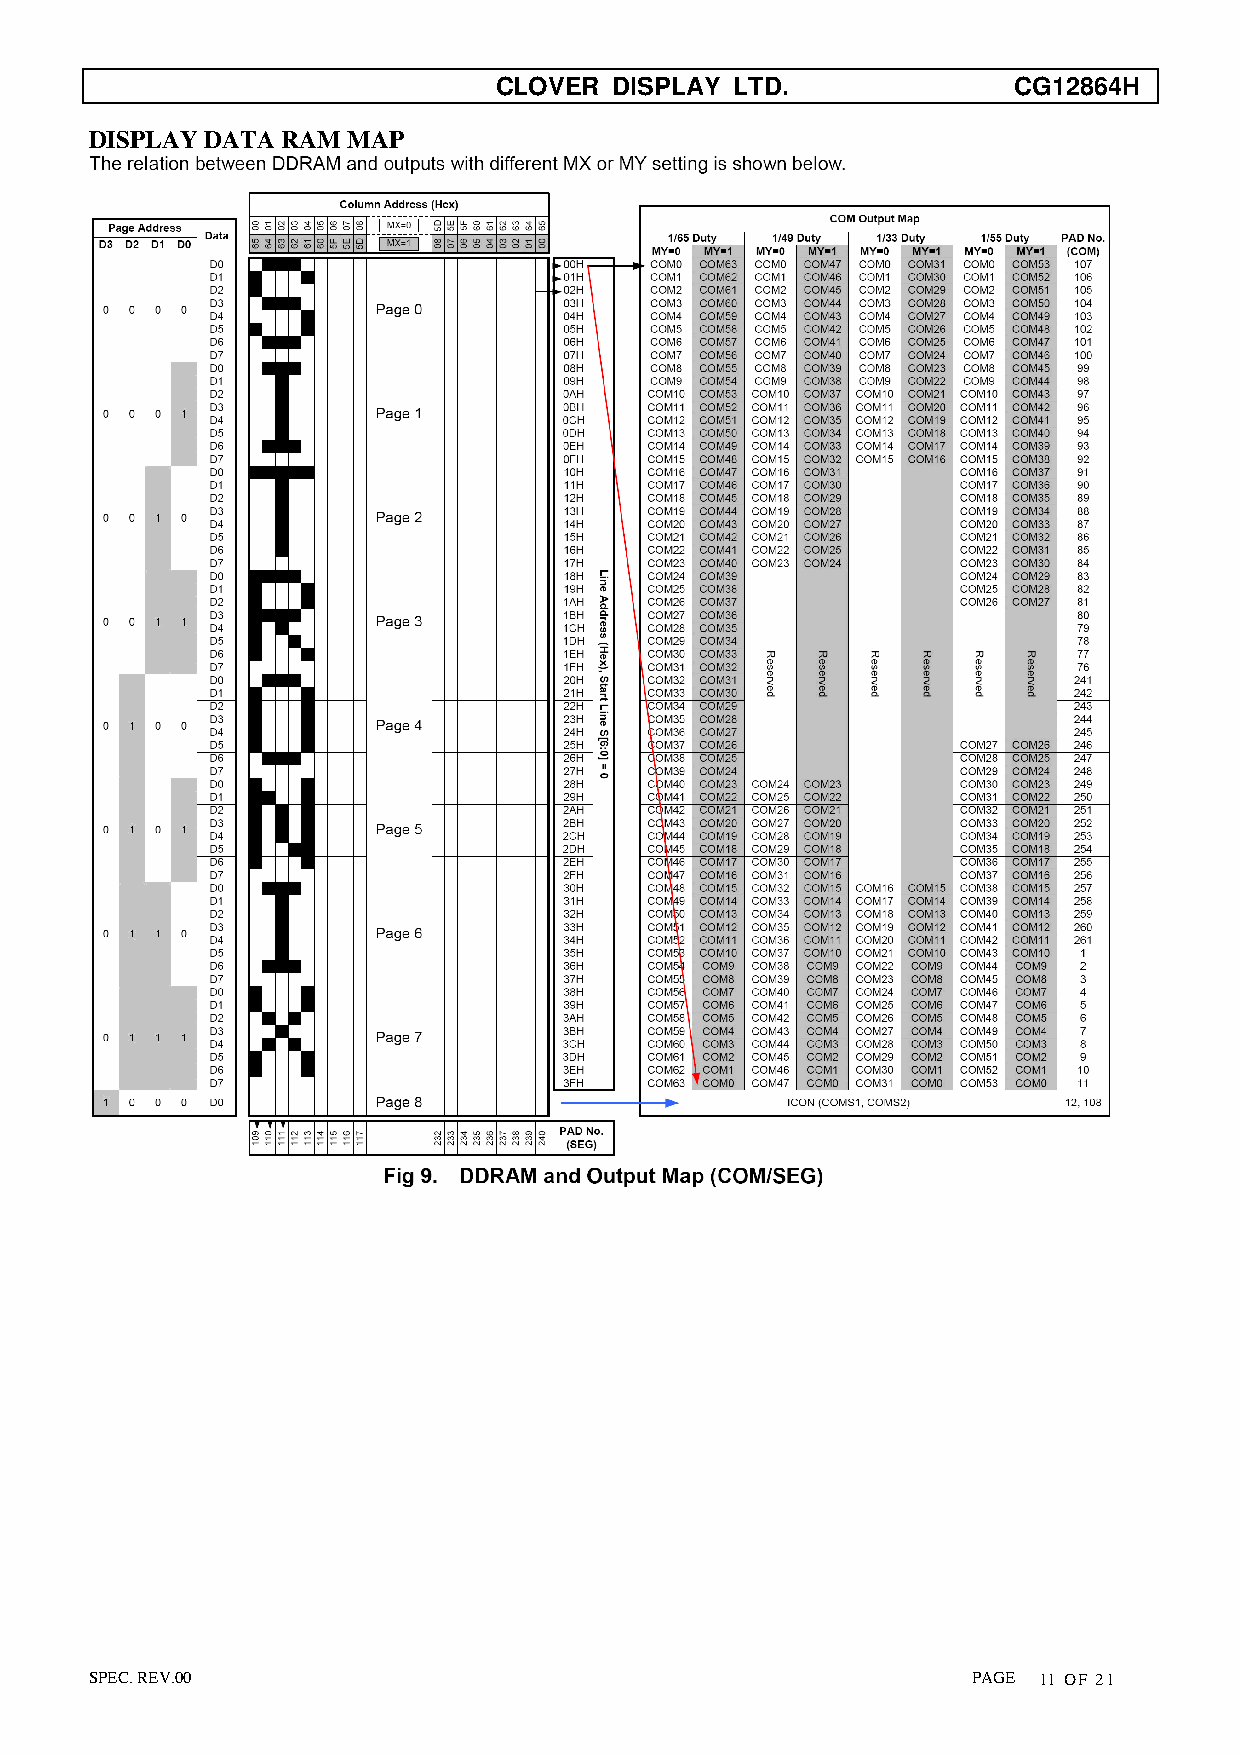
CLOVER  DISPLAY LTD.              CG12864H
 DISPLAY DATA RAM MAP
 SPEC. REV.00                                              PAGE 11 OF 21